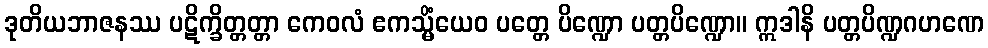
ဒုတိယဘာဇနဿ ပဋိက္ခိတ္တတ္တာ ကေဝလံ ဧကသ္မိံယေဝ ပတ္တေ ပိဏ္ဍော ပတ္တပိဏ္ဍော။ ဣဒါနိ ပတ္တပိဏ္ဍဂဟဏေ